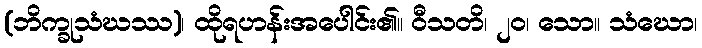
(ဘိက္ခုသံဃဿ)၊ ထိုရဟန်းအပေါင်း၏။ ဝီသတိ၊ ၂၀၊ သော။ သံဃော၊